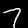
Label: 7